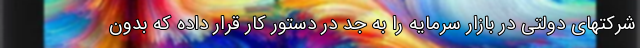
شرکتهای دولتی در بازار سرمایه را به جد در دستور کار قرار داده که بدون